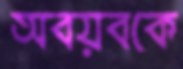
অবয়বকে